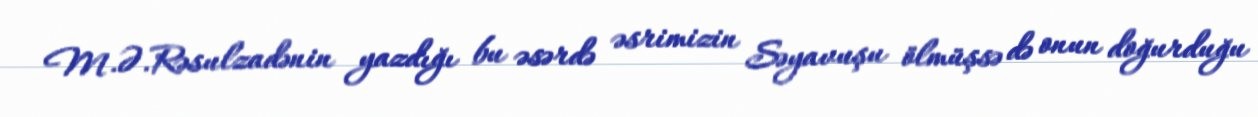
M.Ə.Rəsulzadənin yazdığı bu əsərdə əsrimizin Səyavuşu ölmüşsə də onun doğurduğu